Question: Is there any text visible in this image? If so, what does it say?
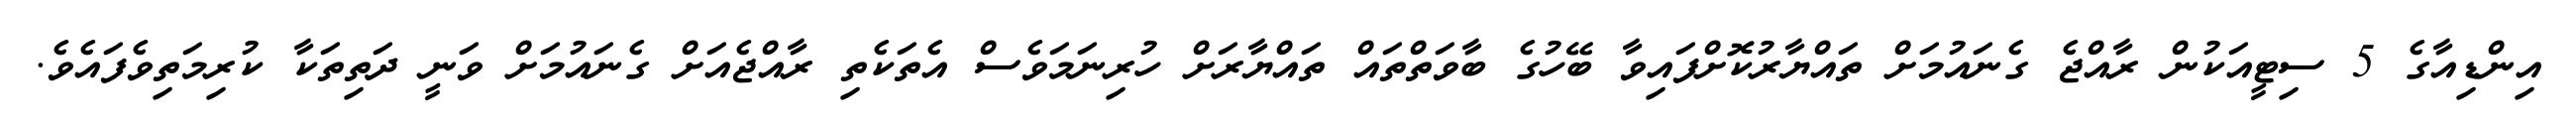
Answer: އިންޑިއާގެ 5 ސިޓީއަކުން ރާއްޖެ ގެނައުމަށް ތައްޔާރުކޮށްފައިވާ ބޭހުގެ ބާވަތްތައް ތައްޔާރަށް ހުރިނަމަވެސް އެތަކެތި ރާއްޖެއަށް ގެނައުމަށް ވަނީ ދަތިތަކާ ކުރިމަތިވެފައެވެ.